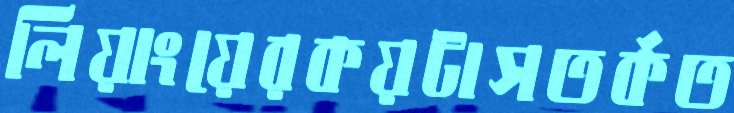
লিয়াংয়েরকয়টাসতর্কত